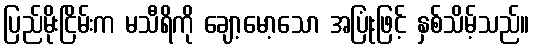
ပြည်မိုးငြိမ်းက မသီရိကို ချော့မော့သော အပြုံးဖြင့် နှစ်သိမ့်သည်။